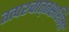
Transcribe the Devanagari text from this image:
तत्पश्‍चात्‌तक्षशिला